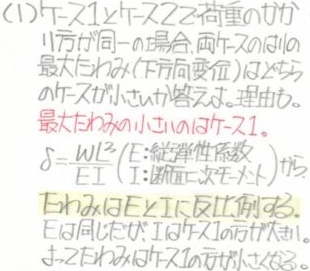
(1) トーメ1とトーメ2の荷重のかけ
り方が同一の場合, 両トーメの
最大たわみ(下方へ変位) のどちら
が小さいか答えよ。理由を
最大たわみが小さいのはトーメ1。
$\delta=\frac{WL^{3}}{EI}$（$E$: 縦弾性係数,
$I$: 断面2次モーメント）より
たわみは$E$と$I$に反比例する。
$E$が同じなら, $I$が大きいほど小さい。
すなわちたわみはトーメ1のほうが小さい。